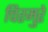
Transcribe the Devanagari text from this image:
चिरमुरे